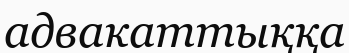
адвакаттыққа